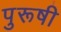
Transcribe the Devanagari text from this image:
पुरूषी